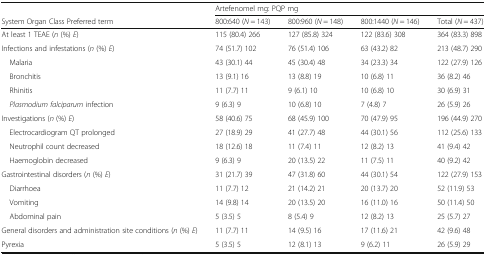
<table><thead><tr><td></td><td colspan="4"><b>Artefenomel mg: PQP mg</b></td></tr><tr><td><b>System Organ Class Preferred term</b></td><td><b>800:640 (<i>N</i> = 143)</b></td><td><b>800:960 (<i>N</i> = 148)</b></td><td><b>800:1440 (<i>N</i> = 146)</b></td><td><b>Total (<i>N</i> = 437)</b></td></tr></thead><tbody><tr><td>At least 1 TEAE (<i>n</i> (%) <i>E</i>)</td><td>115 (80.4) 266</td><td>127 (85.8) 324</td><td>122 (83.6) 308</td><td>364 (83.3) 898</td></tr><tr><td>Infections and infestations (<i>n</i> (%) <i>E</i>)</td><td>74 (51.7) 102</td><td>76 (51.4) 106</td><td>63 (43.2) 82</td><td>213 (48.7) 290</td></tr><tr><td> Malaria</td><td>43 (30.1) 44</td><td>45 (30.4) 48</td><td>34 (23.3) 34</td><td>122 (27.9) 126</td></tr><tr><td> Bronchitis</td><td>13 (9.1) 16</td><td>13 (8.8) 19</td><td>10 (6.8) 11</td><td>36 (8.2) 46</td></tr><tr><td> Rhinitis</td><td>11 (7.7) 11</td><td>9 (6.1) 10</td><td>10 (6.8) 10</td><td>30 (6.9) 31</td></tr><tr><td> <i>Plasmodium falciparum</i> infection</td><td>9 (6.3) 9</td><td>10 (6.8) 10</td><td>7 (4.8) 7</td><td>26 (5.9) 26</td></tr><tr><td>Investigations (<i>n</i> (%) <i>E</i>)</td><td>58 (40.6) 75</td><td>68 (45.9) 100</td><td>70 (47.9) 95</td><td>196 (44.9) 270</td></tr><tr><td> Electrocardiogram QT prolonged</td><td>27 (18.9) 29</td><td>41 (27.7) 48</td><td>44 (30.1) 56</td><td>112 (25.6) 133</td></tr><tr><td> Neutrophil count decreased</td><td>18 (12.6) 18</td><td>11 (7.4) 11</td><td>12 (8.2) 13</td><td>41 (9.4) 42</td></tr><tr><td> Haemoglobin decreased</td><td>9 (6.3) 9</td><td>20 (13.5) 22</td><td>11 (7.5) 11</td><td>40 (9.2) 42</td></tr><tr><td>Gastrointestinal disorders (<i>n</i> (%) <i>E</i>)</td><td>31 (21.7) 39</td><td>47 (31.8) 60</td><td>44 (30.1) 54</td><td>122 (27.9) 153</td></tr><tr><td> Diarrhoea</td><td>11 (7.7) 12</td><td>21 (14.2) 21</td><td>20 (13.7) 20</td><td>52 (11.9) 53</td></tr><tr><td> Vomiting</td><td>14 (9.8) 14</td><td>20 (13.5) 20</td><td>16 (11.0) 16</td><td>50 (11.4) 50</td></tr><tr><td> Abdominal pain</td><td>5 (3.5) 5</td><td>8 (5.4) 9</td><td>12 (8.2) 13</td><td>25 (5.7) 27</td></tr><tr><td>General disorders and administration site conditions (<i>n</i> (%) <i>E</i>)</td><td>11 (7.7) 11</td><td>14 (9.5) 16</td><td>17 (11.6) 21</td><td>42 (9.6) 48</td></tr><tr><td>Pyrexia</td><td>5 (3.5) 5</td><td>12 (8.1) 13</td><td>9 (6.2) 11</td><td>26 (5.9) 29</td></tr></tbody></table>